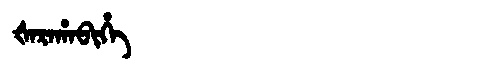
Manchu: ᡧᠠᡵᠠᡥᠠᠪᡳᡥᡝ
Romanization: ŠARAHABIHE